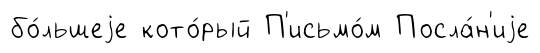
бо́льшеjе кото́рый П'исьмо́м Посла́н'иjе